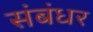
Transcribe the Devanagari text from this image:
संबंधर